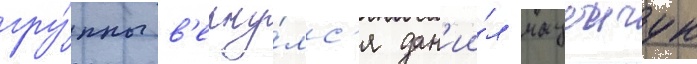
гру́ппы в'ерну́лс'я дан'ии́л мацеичук